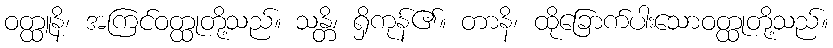
ဝတ္ထူနိ၊ အကြင်ဝတ္ထုတို့သည်။ သန္တိ၊ ရှိကုန်၏။ တာနိ၊ ထိုခြောက်ပါးသောဝတ္ထုတို့သည်။